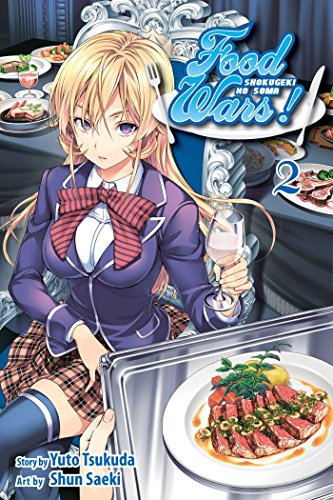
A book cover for Food Wars!, Vol. 2: Shokugeki no Soma; Yuto Tsukuda; Comics & Graphic Novels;